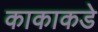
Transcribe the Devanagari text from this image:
काकाकडे